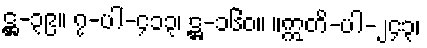
ဋ္ဌ-၃၉။ ၇-ပါ-၄၁၃၊ ဋ္ဌ-၁၆၀။ ။ဣတိ-ပါ-၂၄၃၊